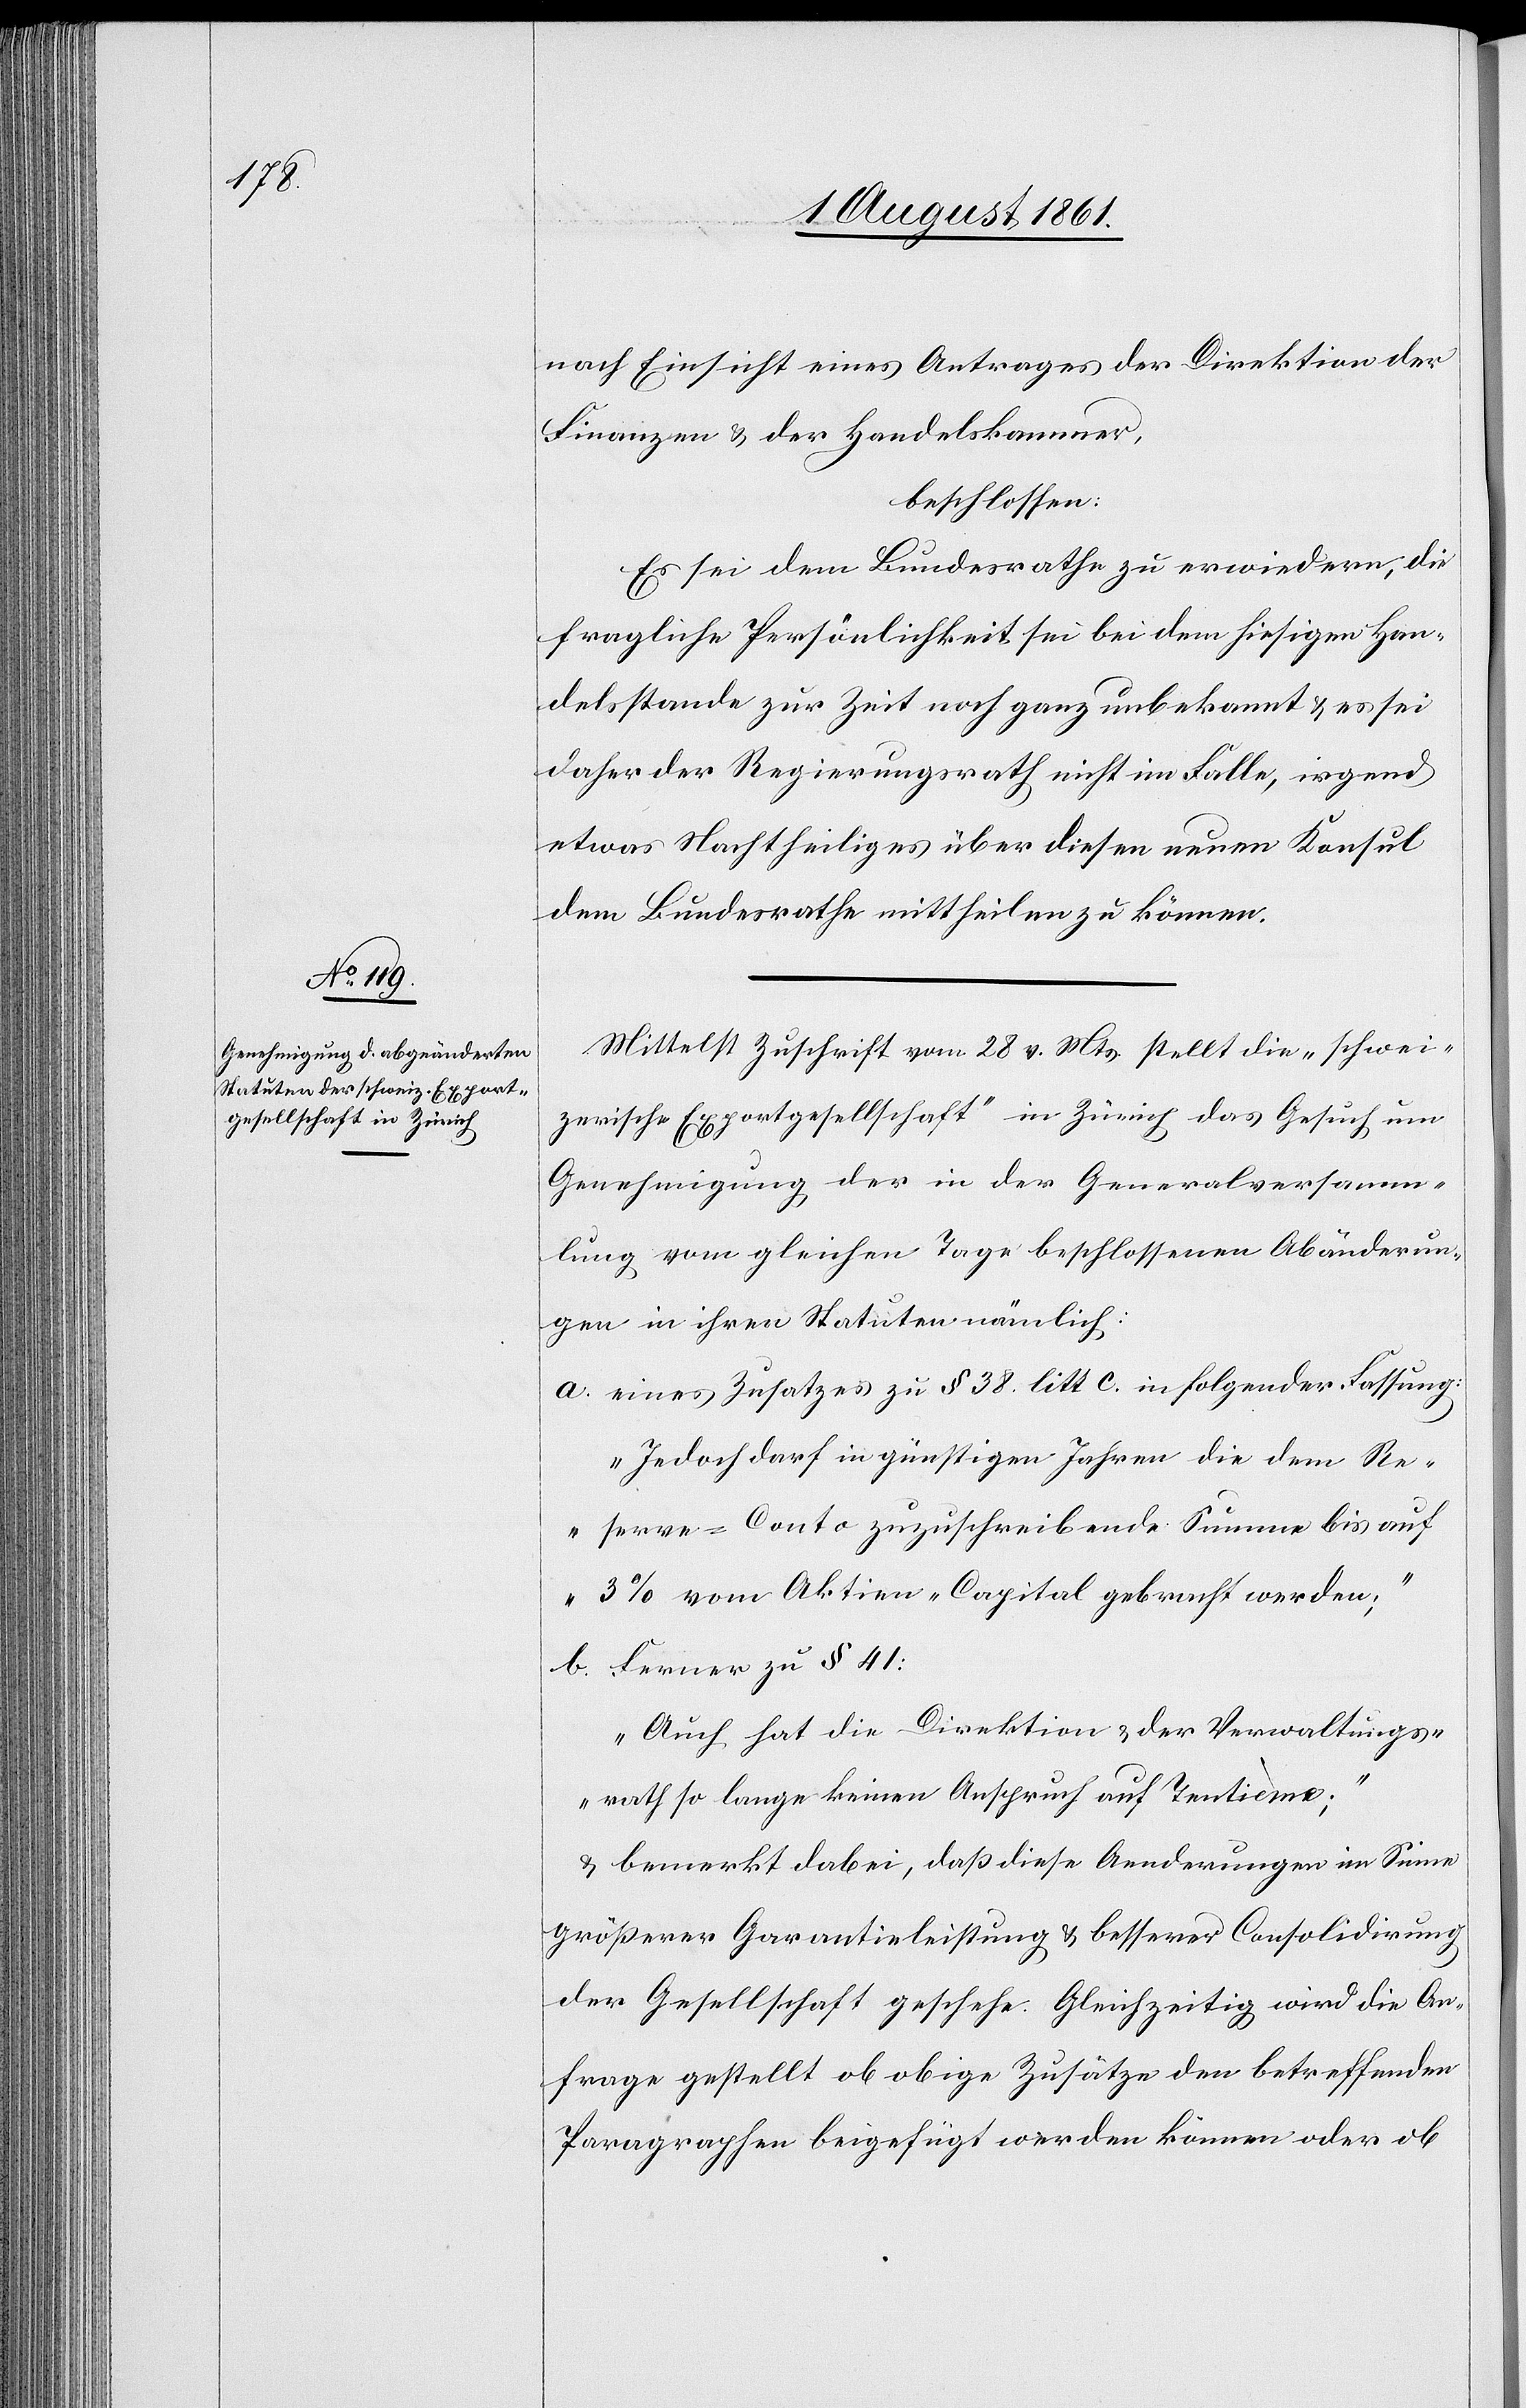
nach Einsicht eines Antrages der Direktion der
Finanzen u. der Handelskammer
beschlossen:
Es sei dem Bundesrathe zu erwiedern, die
fragliche Persönlichkeit sei dem hiesigen Han¬
delsstande zur Zeit noch ganz unbekannt u. es sei
daher der Regierungsrath nicht im Falle, irgend
etwas Nachtheiliges über diesen neuen Konsul
dem Bundesrathe mittheilen zu können.
Mittelst Zuschrift vom 28 v. Mts. stellt die „schwei¬
zerische Exportgesellschaft“ in Zürich das Gesuch, um
Genehmigung der in der Generalversamm¬
lung vom gleichen Tage beschlossenen Abänderun¬
g in ihren Statuten nämlich:
a. eines Zusatzes zu § 38 litt. c. in folgender Fassung:
„Jedoch darf in günstigen Jahren die dem Re¬
serve-Conto zuzuschreibende Summe bis auf
3% vom Aktiven-Capital gebracht werden;“
b. Ferner zu § 41:
„Auch hat die Direktion u. der Verwaltungs¬
rath so lange keinen Anspruch auf Tentième“;
u. bemerkt dabei, daß diese Aenderungen im Sinne
größerer Garantieleistung u. besserer Consolidirung
der Gesellschaft geschehe. Gleichzeitig wird die An¬
frage gestellt ob obige Zusätze den betreffenden
Paragraphen beigefügt werden können oder ob